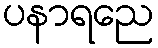
ပနာရညေ